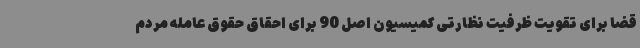
قضا برای تقویت ظرفیت نظارتی کمیسیون اصل 90 برای احقاق حقوق عامله مردم